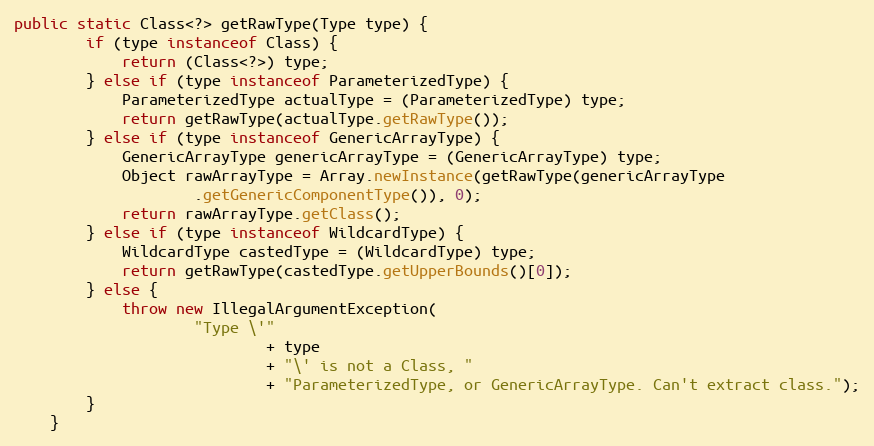
Language: Java
public static Class<?> getRawType(Type type) {
		if (type instanceof Class) {
			return (Class<?>) type;
		} else if (type instanceof ParameterizedType) {
			ParameterizedType actualType = (ParameterizedType) type;
			return getRawType(actualType.getRawType());
		} else if (type instanceof GenericArrayType) {
			GenericArrayType genericArrayType = (GenericArrayType) type;
			Object rawArrayType = Array.newInstance(getRawType(genericArrayType
					.getGenericComponentType()), 0);
			return rawArrayType.getClass();
		} else if (type instanceof WildcardType) {
			WildcardType castedType = (WildcardType) type;
			return getRawType(castedType.getUpperBounds()[0]);
		} else {
			throw new IllegalArgumentException(
					"Type \'"
							+ type
							+ "\' is not a Class, "
							+ "ParameterizedType, or GenericArrayType. Can't extract class.");
		}
	}